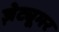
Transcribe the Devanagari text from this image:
ज़ेट्यूमर